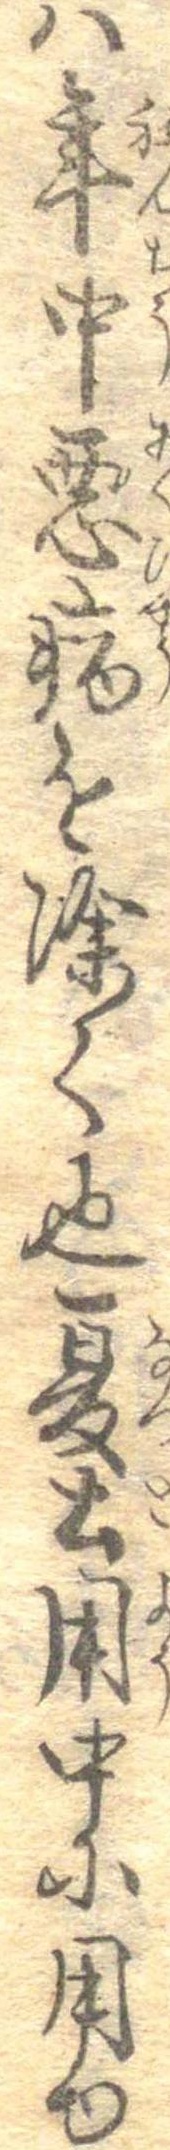
は年中悪病を除く也夏土用中に用ゆ